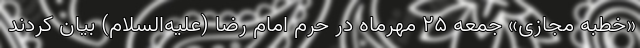
«خطبه مجازی» جمعه 25 مهرماه در حرم امام رضا (علیه‌السلام) بیان کردند